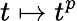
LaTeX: t\mapsto t^{p}